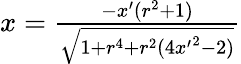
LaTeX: \begin{array}{r}{x=\frac{-x^{\prime}(r^{2}+1)}{\sqrt{1+r^{4}+r^{2}(4{x^{\prime}}^{2}-2)}}}\end{array}